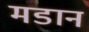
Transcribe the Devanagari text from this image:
मडान